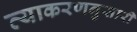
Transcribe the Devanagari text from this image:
व्याकरणनुसारी